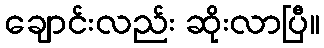
ချောင်းလည်း ဆိုးလာပြီ။